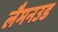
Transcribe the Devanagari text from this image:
लैमनउड